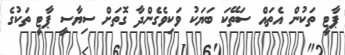
ޕާޓީ ތަކުން އެތައް ސަތޭކަ ބަޔަކު ވަކިވެގެންދާ ގޮތަށް ސިޔާސީ ޕާޓީ ތަކުގެ